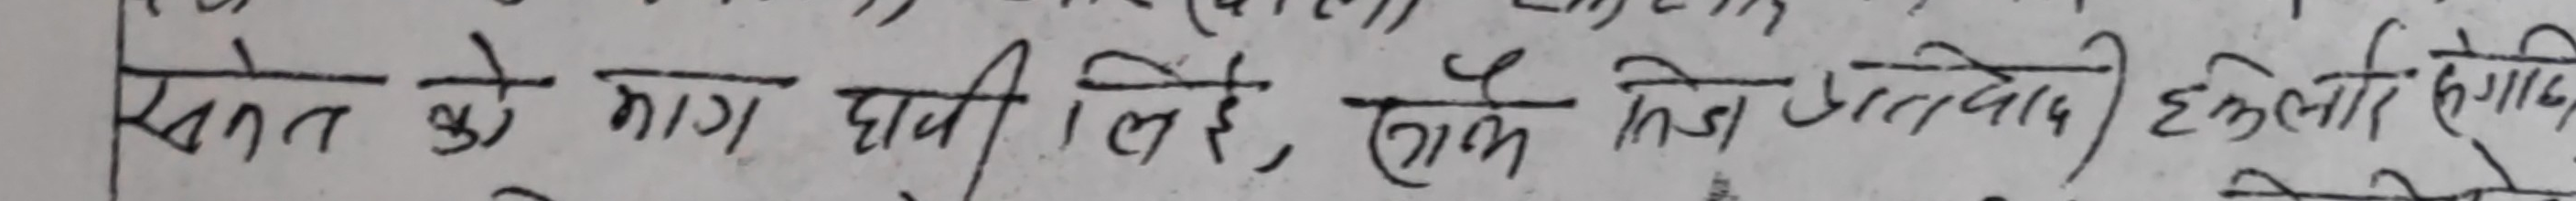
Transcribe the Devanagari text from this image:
खेत के भाग पावी लिए, लागि हिजो अतिवादि हकिलाएँ लगाए